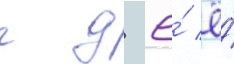
г д ё́ ё́